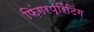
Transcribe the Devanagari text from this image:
फ़िंगरप्रिंटिंग